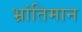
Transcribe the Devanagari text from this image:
भ्रांतिमान